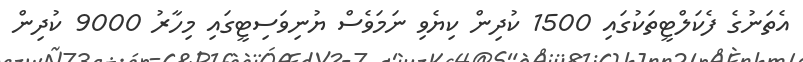
އެތަނުގެ ފެކަލްޓީތަކުގައި 1500 ކުދިން ކިޔެވި ނަމަވެސް ޔުނިވަސިޓީގައި މިހާރު 9000 ކުދިން